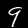
Digit: 9